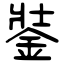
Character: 銺